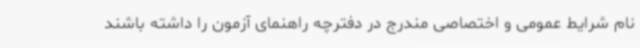
نام شرایط عمومی و اختصاصی مندرج در دفترچه راهنمای آزمون را داشته باشند